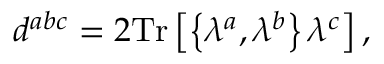
d ^ { a b c } = 2 \mathrm { T r } \left[ \left\{ \lambda ^ { a } , \lambda ^ { b } \right\} \lambda ^ { c } \right] ,